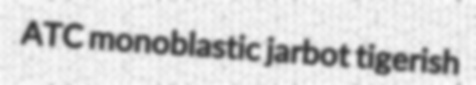
ATC monoblastic jarbot tigerish